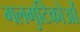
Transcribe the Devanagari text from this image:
गलगुटिकोओं